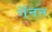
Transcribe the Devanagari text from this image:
गॅनन